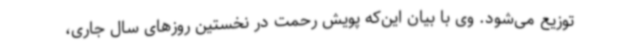
توزیع می‌شود. وی با بیان این‌که پویش رحمت در نخستین روزهای سال جاری،